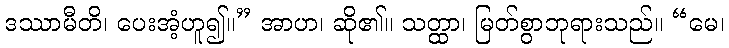
ဒဿာမီတိ၊ ပေးအံ့ဟူ၍။” အာဟ၊ ဆို၏။ သတ္ထာ၊ မြတ်စွာဘုရားသည်။ “မေ၊